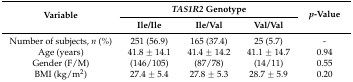
| <ROWSPAN=2> Variable | <COLSPAN=3> TAS1R2 Genotype | <ROWSPAN=2> p-Value |
 | Ile/Ile | Ile/Val | Val/Val |
 | --- | --- | --- | --- | --- |
 | Number of subjects, n (%) | 251 (56.9) | 165 (37.4) | 25 (5.7) | - |
 | Age (years) | 41.8 ± 14.1 | 41.4 ± 14.2 | 41.1 ± 14.7 | 0.94 |
 | Gender (F/M) | (146/105) | (87/78) | (14/11) | 0.55 |
 | BMI (kg/m2) | 27.4 ± 5.4 | 27.8 ± 5.3 | 28.7 ± 5.9 | 0.20 |